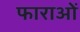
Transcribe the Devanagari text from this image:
फाराओं